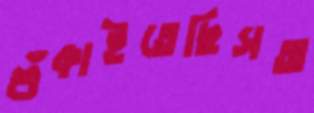
শুঁকাইতেছিসঅ